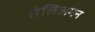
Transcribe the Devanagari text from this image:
सेलिअमन